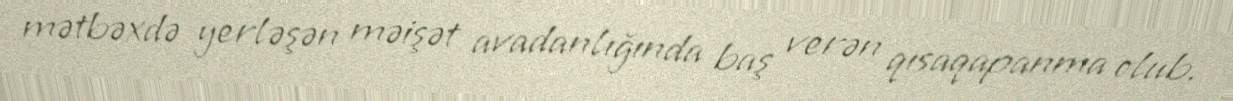
mətbəxdə yerləşən məişət avadanlığında baş verən qısaqapanma olub.